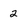
Character: 2